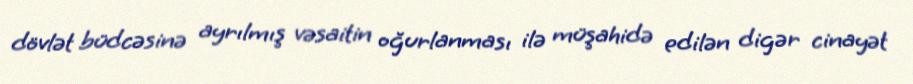
dövlət büdcəsinə ayrılmış vəsaitin oğurlanması ilə müşahidə edilən digər cinayət